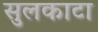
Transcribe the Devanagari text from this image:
सुलकाटा